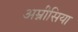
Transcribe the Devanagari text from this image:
अम्नीसिया